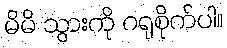
မိမိ သွားကို ဂရုစိုက်ပါ။